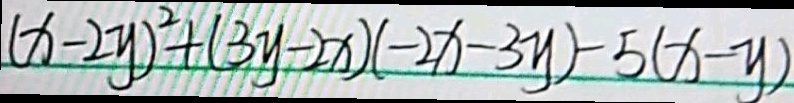
( x - 2 y ) ^ { 2 } + ( 3 y - 2 x ) ( - 2 x - 3 y ) - 5 ( x - y )